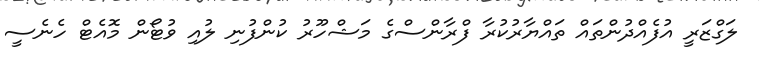
ލަގްޒަރީ އުފެއްދުންތައް ތައްޔާރުކުރާ ފްރާންސްގެ މަޝްހޫރު ކުންފުނި ލުއި ވުޓޯން މޮއެޓް ހެނެސީ